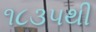
૧૮૩૫થી